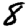
Digit: 8